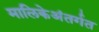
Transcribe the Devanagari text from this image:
मालिकेअंतर्गत